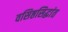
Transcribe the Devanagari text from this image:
वसिष्ठसिद्धांत